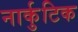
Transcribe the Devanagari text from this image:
नार्कुटिक